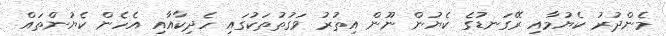
މެންދުރު ކެޔުމާއި ރޭގަނޑުގެ ކެޔުން ނޫން އިތުރު ވަގުތުތަކުގައި ހެދިކާއާއި އެހެން ކެޔުންތައް